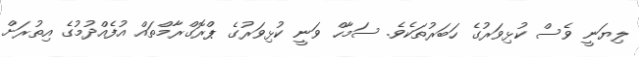
ލިޔަނީ ވެސް ކުޅިވަރުގެ ހަބަރުތަކެވެ. ސަމާހް ވަނީ ކުޅިވަރުގެ ޕްރޮގްރާމްތައް އުފެއްދުމުގެ އިތުރަށް